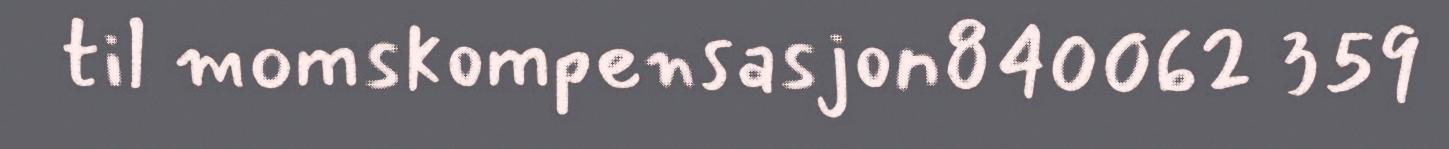
til momskompensasjon840062 359